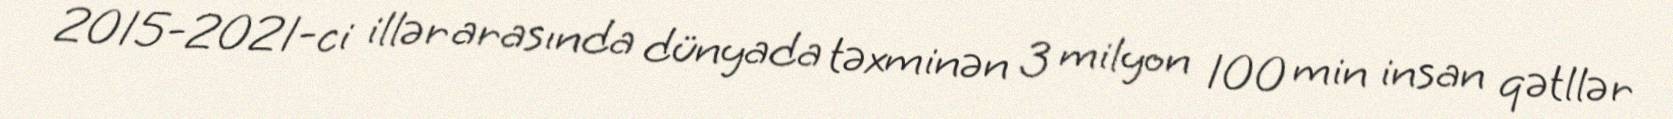
2015-2021-ci illər arasında dünyada təxminən 3 milyon 100 min insan qətllər